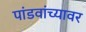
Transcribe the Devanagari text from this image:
पांडवांच्यावर